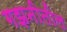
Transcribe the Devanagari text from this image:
गझनीतील